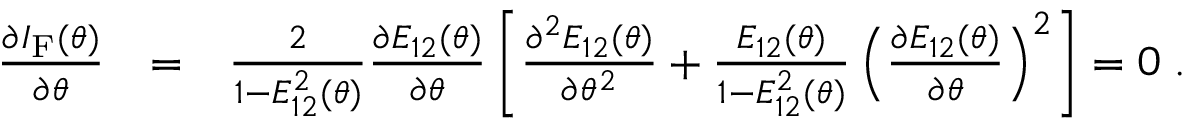
\begin{array} { r l r } { \frac { \partial I _ { \mathrm { F } } ( \theta ) } { \partial \theta } } & { = } & { \frac { 2 } { 1 - E _ { 1 2 } ^ { 2 } ( \theta ) } \frac { \partial E _ { 1 2 } ( \theta ) } { \partial \theta } \left[ \frac { \partial ^ { 2 } E _ { 1 2 } ( \theta ) } { \partial \theta ^ { 2 } } + \frac { E _ { 1 2 } ( \theta ) } { 1 - E _ { 1 2 } ^ { 2 } ( \theta ) } \left( \frac { \partial E _ { 1 2 } ( \theta ) } { \partial \theta } \right) ^ { 2 } \right] = 0 \; . } \end{array}